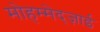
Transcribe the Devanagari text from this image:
मोहम्मेद्ज़ाई